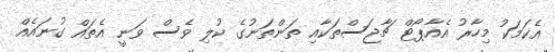
އެކަމަކު މިހާރު އެއާޕޯޓް ޗާޖަސްތަކާއި ތަންތަނުގެ ކުލި ވެސް ވަނީ އެތައް ގުނައެއް